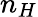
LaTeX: n_{H}